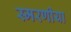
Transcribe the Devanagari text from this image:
स्मरणीया